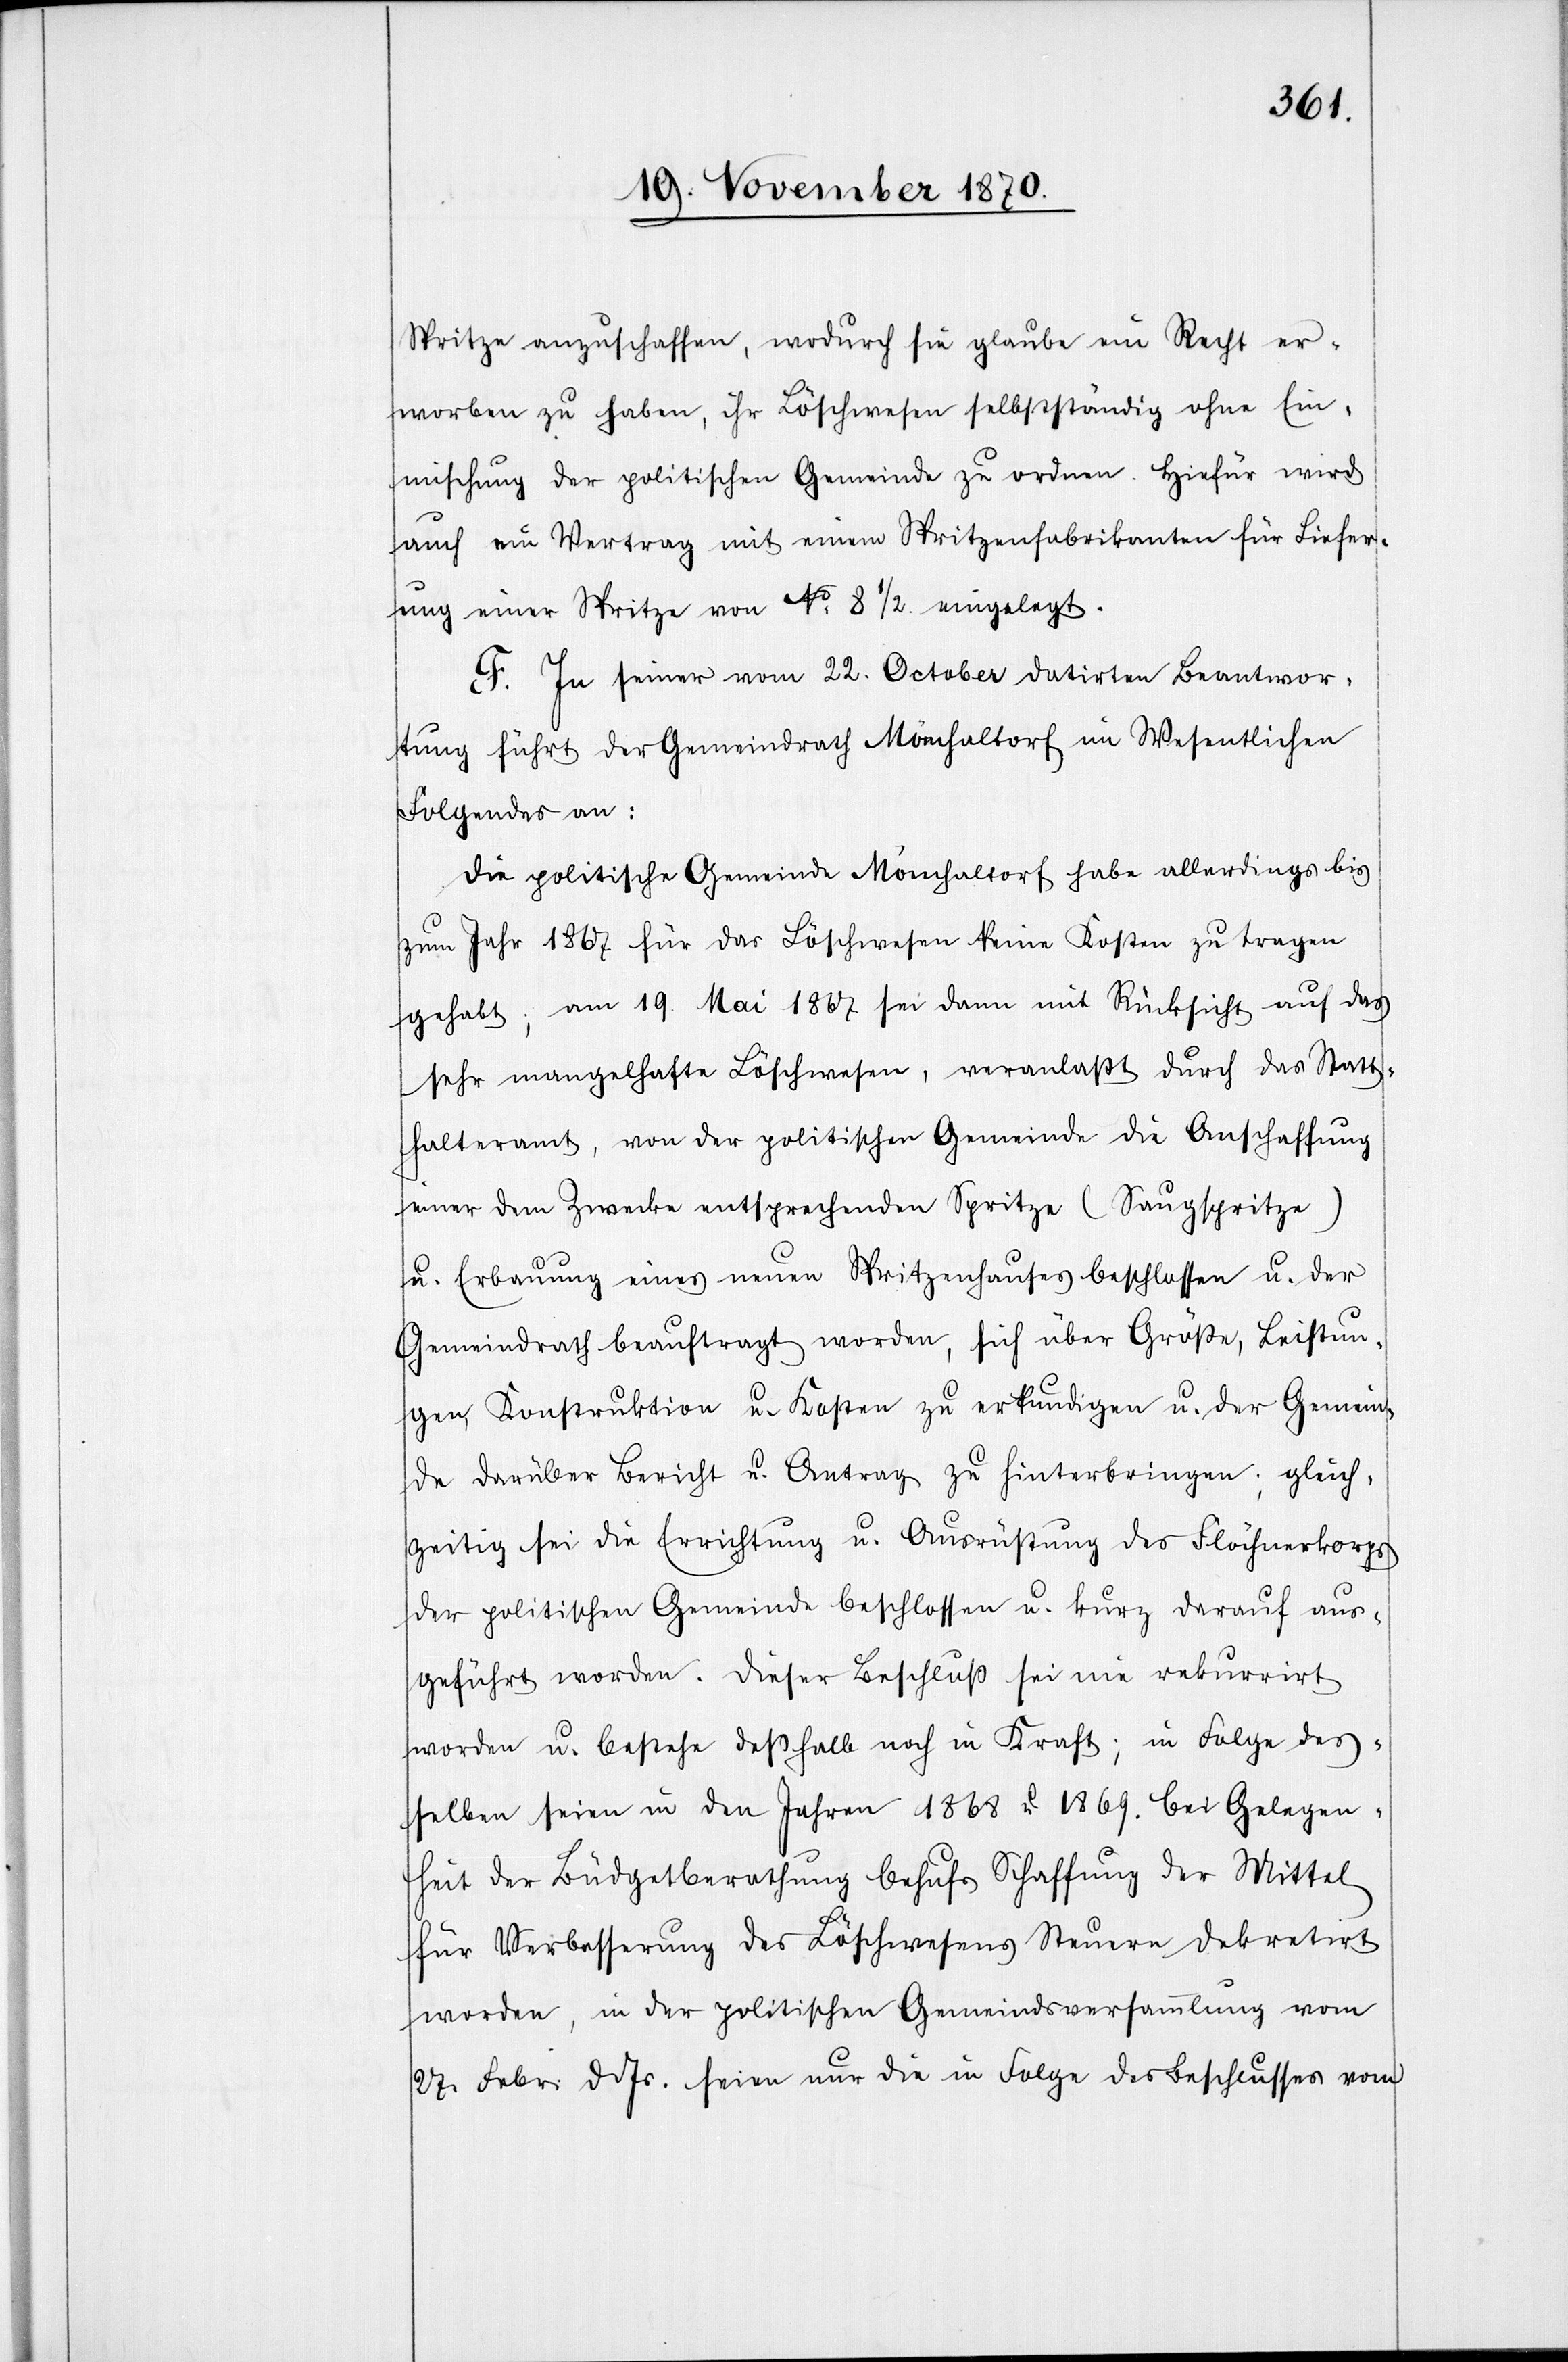
Spritze anzuschaffen, wodurch sie glaube ein Recht er¬
worben zu haben, ihr Löschwesen selbstständig ohne Ein¬
mischung der politischen Gemeinde zu ordnen. Hiefür wird
auch ein Vertrag mit einem Spritzenfabrikanten für Liefer¬
ung einer Spritze von No 8 1/2. eingelegt.
F. In seiner vom 22. October datirten Beantwor¬
tung führt der Gemeindrath Mönchaltorf im Wesentlichen
Folgendes an:
Die politische Gemeinde Mönchaltorf habe allerdings bis
zum Jahr 1867 für das Löschwesen keine Kosten zu tragen
gehabt; am 19. Mai 1867 sei dann mit Rücksicht auf das
sehr mangelhafte Löschwesen, veranlaßt durch das Statt¬
halteramt, von der politischen Gemeinde die Anschaffung
einer dem Zwecke entsprechenden Spritze (Saugspritze)
u. Erbauung eines neuen Spritzenhauses beschlossen u. der
Gemeindrath beauftragt worden, sich über Größe, Leistun¬
gen, Konstruktion u. Kosten zu erkundigen u. der Gemein¬
de darüber Bericht u. Antrag zu hinterbringen; gleich¬
zeitig sei die Errichtung u. Ausrüstung des Flöchnerkorps
der politischen Gemeinde beschlossen u. kurz darauf aus¬
geführt worden. Dieser Beschluß sei nie rekurrirt
worden u. bestehe deßhalb noch in Kraft; in Folge des¬
selben seien in den Jahren 1868 u 1869. bei Gelegen¬
heit der Büdgetberathung behufs Schaffung der Mittel
für Verbesserung des Löschwesens Steuern dekretirt
worden, in der politischen Gemeindsversammlung vom
27. Febr: d. Js. seien nur die in Folge des Beschlusses vom